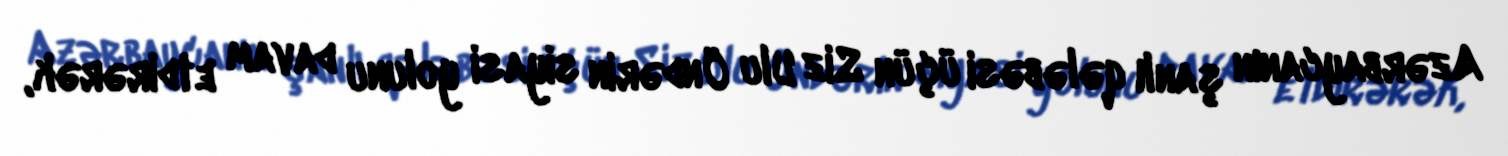
Azərbaycanın şanlı qələbəsi üçün Siz Ulu Öndərin siyasi yolunu davam etdirərək,